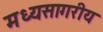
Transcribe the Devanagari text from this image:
मध्यसागरीय